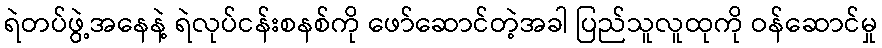
ရဲတပ်ဖွဲ့အနေနဲ့ ရဲလုပ်ငန်းစနစ်ကို ဖော်ဆောင်တဲ့အခါ ပြည်သူလူထုကို ဝန်ဆောင်မှု